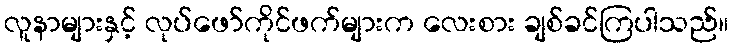
လူနာများနှင့် လုပ်ဖော်ကိုင်ဖက်များက လေးစား ချစ်ခင်ကြပါသည်။